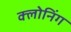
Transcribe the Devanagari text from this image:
क्‍लोनिंग